Vaccination United Provinces of Agra and Oudh 1923-1928 - 1923-1928
Year: 1923
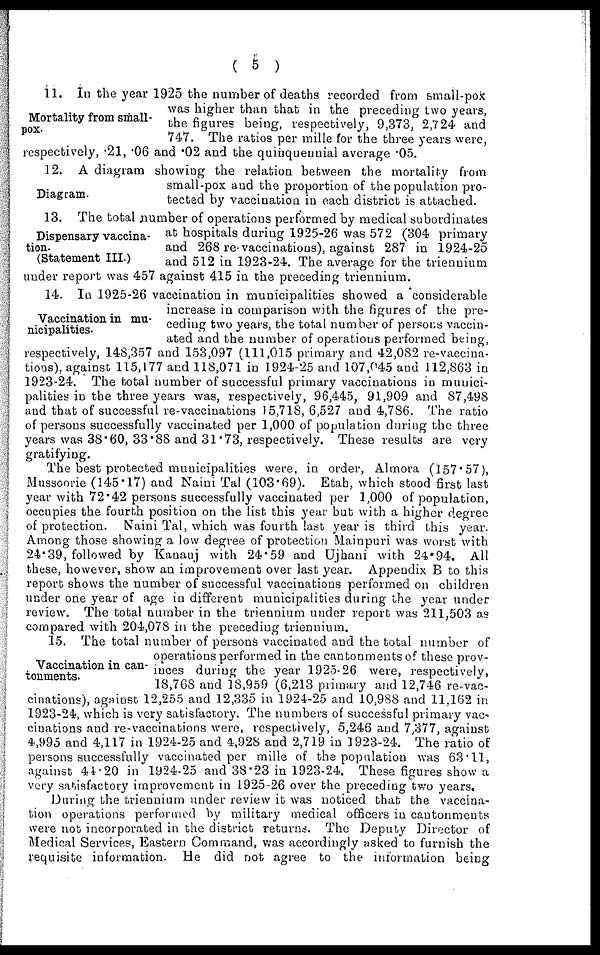
( 5 )
Mortality from small-
pox.
11. In the year 1925 the number of deaths recorded from small-pox
was higher than that in the preceding two years,
the figures being, respectively, 9,373, 2,724 and
747. The ratios per mille for the three years were,
respectively, .21, .06 and .02 and the quinquennial average .05.
Diagram.
12. A diagram showing the relation between the mortality from
small-pox and the proportion of the population pro-
tected by vaccination in each district is attached.
Dispensary vaccina-
tion.
(Statement III.)
13. The total number of operations performed by medical subordinates
at hospitals during 1925-26 was 572 (304 primary
and 268 re-vaccinations), against 287 in 1924-25
and 512 in 1923-24. The average for the triennium
under report was 457 against 415 in the preceding triennium.
Vaccination in mu-
nicipalities.
14. In 1925-26 vaccination in municipalities showed a considerable
increase in comparison with the figures of the pre-
ceding two years, the total number of persons vaccin-
ated and the number of operations performed being,
respectively, 148,357 and 153,097 (111,015 primary and 42,082 re-vaccina-
tions), against 115,177 and 118,071 in 1924-25 and 107,045 and 112,863 in
1923-24. The total number of successful primary vaccinations in munici-
palities in the three years was, respectively, 96,445, 91,909 and 87,498
and that of successful re-vaccinations 15,718, 6,527 and 4,786. The ratio
of persons successfully vaccinated per 1,000 of population during the three
years was 38.60, 33.88 and 31.73, respectively. These results are very
gratifying.
The best protected municipalities were, in order, Almora (157.57),
Mussoorie (145.17) and Naini Tal (103.69). Etah, which stood first last
year with 72.42 persons successfully vaccinated per 1,000 of population,
occupies the fourth position on the list this year but with a higher degree
of protection. Naini Tal, which was fourth last year is third this year.
Among those showing a low degree of protection Mainpuri was worst with
24.39, followed by Kanauj with 24.59 and Ujhani with 24.94. All
these, however, show an improvement over last year. Appendix B to this
report shows the number of successful vaccinations performed on children
under one year of age in different municipalities during the year under
review. The total number in the triennium under report was 211,503 as
compared with 204,078 in the preceding triennium.
Vaccination in can-
tonments.
15. The total number of persons vaccinated and the total number of
operations performed in the cantonments of these prov-
inces during the year 1925-26 were, respectively,
18,768 and 18,959 (6,213 primary and 12,746 re-vac-
cinations), against 12,255 and 12,335 in 1924-25 and 10,988 and 11,162 in
1923-24, which is very satisfactory. The numbers of successful primary vac¬
cinations and re-vaccinations were, respectively, 5,246 and 7,377, against
4,995 and 4,117 in 1924-25 and 4,928 and 2,719 in 1923-24. The ratio of
persons successfully vaccinated per mille of the population was 63.11,
against 44.20 in 1924-25 and 38.23 in 1923-24. These figures show a
very satisfactory improvement in 1925-26 over the preceding two years.
During the triennium under review it was noticed that the vaccina-
tion operations performed by military medical officers in cantonments
were not incorporated in the district returns. The Deputy Director of
Medical Services, Eastern Command, was accordingly asked to furnish the
requisite information. He did not agree to the information being